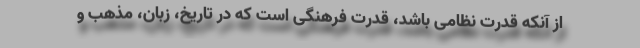
از آنکه قدرت نظامی باشد، قدرت فرهنگی است که در تاریخ، زبان، مذهب و